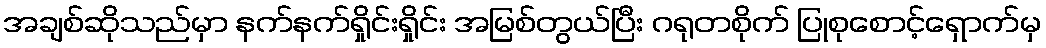
အချစ်ဆိုသည်မှာ နက်နက်ရှိုင်းရှိုင်း အမြစ်တွယ်ပြီး ဂရုတစိုက် ပြုစုစောင့်ရှောက်မှ